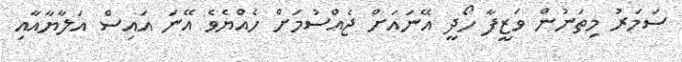
ސަމަރު މިތަނުން ވަޒީފާ ހޯދީ އޭނައަށް ޖެއްސުމަށް ހެއްޔެވެ އޭނަ އައިސް އަލާޔާއާއި